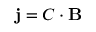
{ \bf j } = C \cdot { \bf B }